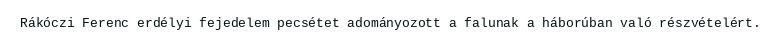
Rákóczi Ferenc erdélyi fejedelem pecsétet adományozott a falunak a háborúban való részvételért.